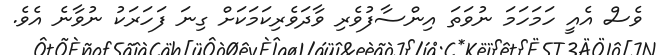
ވެސް އެއީ ހަމަހަމަ ނުވަތަ އިންސާފުވެރި ވާދަވެރިކަމަކަށް ގިނަ ފަހަރަކު ނުވާނެ އެވެ.